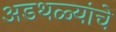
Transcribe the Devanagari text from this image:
अडथळ्यांचे